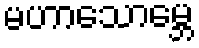
မဟာသောမ္ဘေ